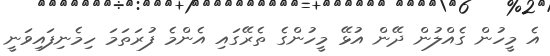
އެ މީހުން ގެއްލުން ދޭން އުޅޭ މީހުންގެ ތެރޭގައި އެންމެ ފުރަތަމަ ހިމެނިފައިވަނީ